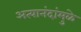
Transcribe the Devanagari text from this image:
अत्यानंदांमुळे